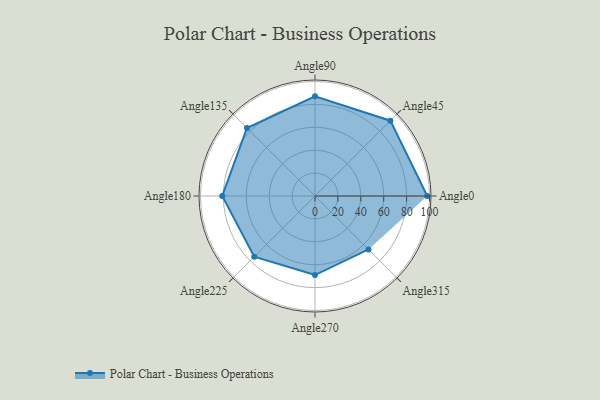
{"axis": {"x": "Angle", "y": "Radius"}, "legend": [""], "data": [{"x": "Angle0", "y": 98.0, "type": ""}, {"x": "Angle45", "y": 93.0, "type": ""}, {"x": "Angle90", "y": 87.0, "type": ""}, {"x": "Angle135", "y": 84.0, "type": ""}, {"x": "Angle180", "y": 81.0, "type": ""}, {"x": "Angle225", "y": 75.0, "type": ""}, {"x": "Angle270", "y": 69.0, "type": ""}, {"x": "Angle315", "y": 66.0, "type": ""}]}